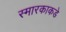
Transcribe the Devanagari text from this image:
स्मारकाकडे